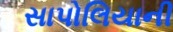
સાપોલિયાની